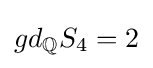
gd_{\mathbb {Q} }S_{4}=2